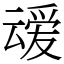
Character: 叆